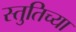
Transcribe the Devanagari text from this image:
स्तुतिच्या